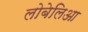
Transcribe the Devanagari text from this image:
लोबेलिआ